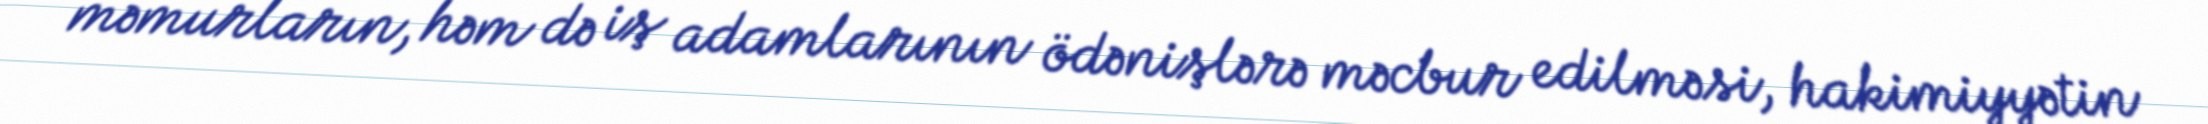
məmurların, həm də iş adamlarının ödənişlərə məcbur edilməsi, hakimiyyətin